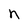
Character: n